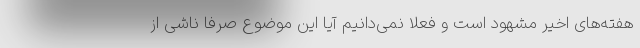
هفته‌های اخیر مشهود است و فعلا نمی‌دانیم آیا این موضوع صرفا ناشی از